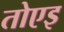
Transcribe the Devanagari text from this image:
तोएइ